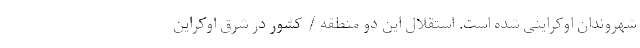
شهروندان اوکراینی شده است. استقلال این دو منطقه / کشور در شرق اوکراین